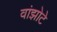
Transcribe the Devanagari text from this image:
वांझोटे